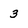
Character: 3